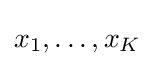
x_{1},\ldots ,x_{K}